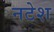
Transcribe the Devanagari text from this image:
नटेश